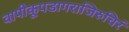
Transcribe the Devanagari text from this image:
वापीकूपडागराजिरुचिरं